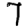
Digit: 7